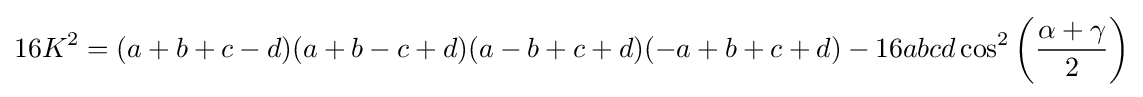
16K^{2}=(a+b+c-d)(a+b-c+d)(a-b+c+d)(-a+b+c+d)-16abcd\cos ^{2}\left({\frac {\alpha +\gamma }{2}}\right)